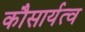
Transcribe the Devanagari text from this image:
कौसार्यत्व